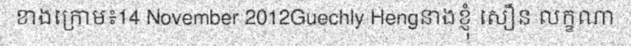
ខាងក្រោម៖14 November 2012Guechly Hengនាងខ្ញុំ សឿន លក្ខណា